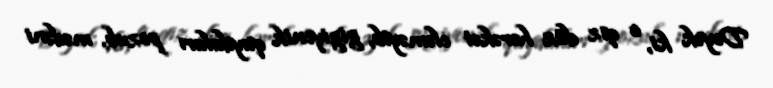
Deyək ki, o qız düz hərəkət eləməyib, gigiyenik qaydaları pozub, mədəni